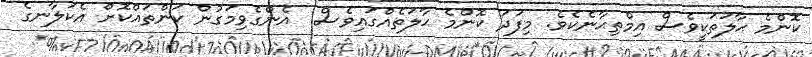
ކޮންމެ ޙާލަތަކީވެސް އިމްތިޙާނެކެވެ. މިފަދަ ކޮންމެ ޙާލަތެއްގައިވެސް  އެންގެވިމަގުން ކަންތައްކޮށް އެކަލާނގެ